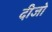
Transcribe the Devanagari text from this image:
दीजो